Lunatic asylums Punjab 1881-1894 - 1881-1894
Year: 1881
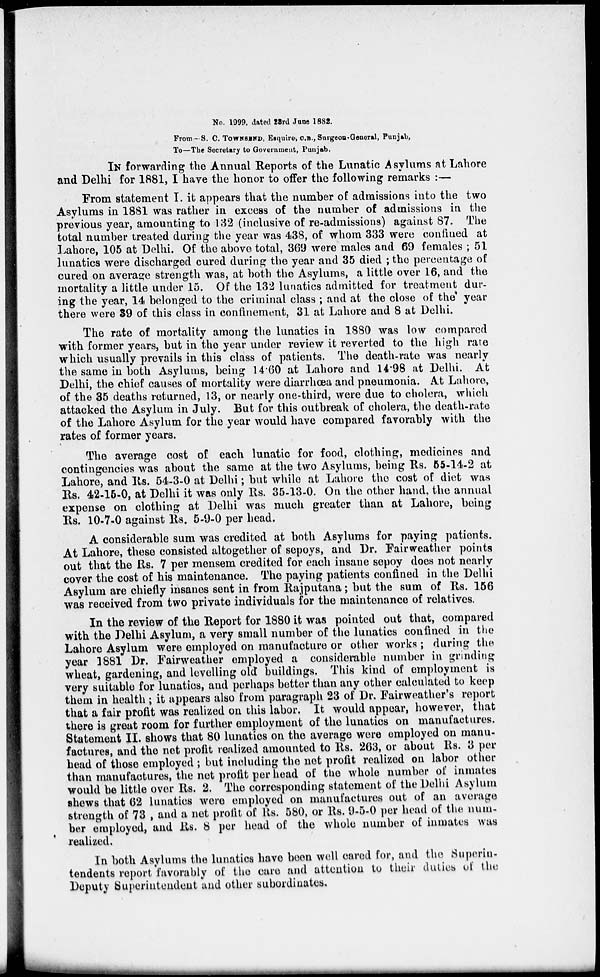
No. 1999, dated 23rd June 1882.
From—S. C. TOWNSEND, Esquire, C.B., Surgeon-General, Punjab,
To—The Secretary to Government, Punjab.
IN forwarding the Annual Reports of the Lunatic Asylums at Lahore
and Delhi for 1881, I have the honor to offer the following remarks :—
From statement I. it appears that the number of admissions into the two
Asylums in 1881 was rather in excess of the number of admissions in the
previous year, amounting to 132 (inclusive of re-admissions) against 87. The
total number treated during the year was 438, of whom 333 were confined at
Lahore, 105 at Delhi. Of the above total, 369 were males and 69 females ; 51
lunatics were discharged cured during the year and 35 died ; the percentage of
cured on average strength was, at both the Asylums, a little over 16, and the
mortality a little under 15. Of the 132 lunatics admitted for treatment dur-
ing the year, 14 belonged to the criminal class ; and at the close of the" year
there were 39 of this class in confinement, 31 at Lahore and 8 at Delhi.
The rate of mortality among the lunatics in 1880 was low compared
with former years, but in the year under review it reverted to the high rate
which usually prevails in this class of patients. The death-rate was nearly
the same in both Asylums, being 14.60 at Lahore and 14.98 at Delhi. At
Delhi, the chief causes of mortality were diarrhœa and pneumonia. At Lahore,
of the 35 deaths returned, 13, or nearly one-third, were due to cholera, which
attacked the Asylum in July. But for this outbreak of cholera, the death-rate
of the Lahore Asylum for the year would have compared favorably with the
rates of former years.
The average cost of each lunatic for food, clothing, medicines and
contingencies was about the same at the two Asylums, being Rs. 55-14-2 at
Lahore, and Rs. 54-3-0 at Delhi; but while at Lahore the cost of diet was
Rs. 42-15-0, at Delhi it was only Rs. 35-13-0. On the other hand, the annual
expense on clothing at Delhi was much greater than at Lahore, being
Rs. 10-7-0 against Rs. 5-9-0 per head.
A considerable sum was credited at both Asylums for paying patients.
At Lahore, these consisted altogether of sepoys, and Dr. Fairweather points
out that the Rs. 7 per mensem credited for each insane sepoy does not nearly
cover the cost of his maintenance. The paying patients confined in the Delhi
Asylum are chiefly insanes sent in from Rajputana; but the sum of Rs. 156
was received from two private individuals for the maintenance of relatives.
In the review of the Report for 1880 it was pointed out that, compared
with the Delhi Asylum, a very small number of the lunatics confined in the
Lahore Asylum were employed on manufacture or other works ; during the
year 1881 Dr. Fairweather employed a considerable number in grinding
wheat, gardening, and levelling old buildings. This kind of employment is
very suitable for lunatics, and perhaps better than any other calculated to keep
them in health ; it appears also from paragraph 23 of Dr. Fairweather's report
that a fair profit was realized on this labor. It would appear, however, that
there is great room for further employment of the lunatics on manufactures.
Statement II. shows that 80 lunatics on the average were employed on manu-
factures, and the net profit realized amounted to Rs. 263, or about Rs. 3 per
head of those employed ; but including the net profit realized on labor other
than manufactures, the net profit per head of the whole number of inmates
would be little over Rs. 2. The corresponding statement of the Delhi Asylum
shows that 62 lunatics were employed on manufactures out of an average
strength of 73 , and a net profit of Rs. 580, or Rs. 9-5-0 per head of the num-
ber employed, and Rs. 8 per head of the whole number of inmates was
realized.
In both Asylums the lunatics have been well cared for, and the Superin-
tendents report favorably of the care and attention to their duties of the
Deputy Superintendent and other subordinates.